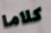
كلاما